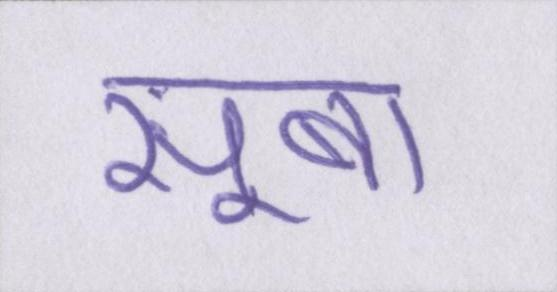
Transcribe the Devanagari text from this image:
सूबा